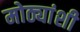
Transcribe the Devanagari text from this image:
मोठ्यांशी